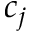
c _ { j }